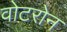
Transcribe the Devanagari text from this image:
वोटरोन